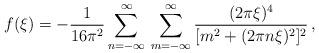
LaTeX: \begin{align*}f(\xi )=-\frac{1}{16\pi ^{2}}\sum_{n=-\infty }^{\infty }\,\sum_{m=-\infty}^{\infty }\frac{(2\pi \xi )^{4}}{[m^{2}+(2\pi n\xi )^{2}]^{2}}\,,\end{align*}